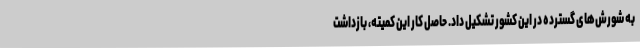
به شورش‌های گسترده در این کشور تشکیل داد. حاصل کار این کمیته، بازداشت